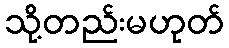
သို့တည်းမဟုတ်